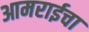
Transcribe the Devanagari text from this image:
आमराईचा